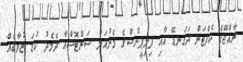
ރާއްޖޭގެ ކެޕްޓަން ދަގަނޑޭ އާއި ފިލިޕީންސްގެ މެނުއަލް ސަންޓޮސްއާ ދެމެދު ކުޑަ ޒުވާބެއް